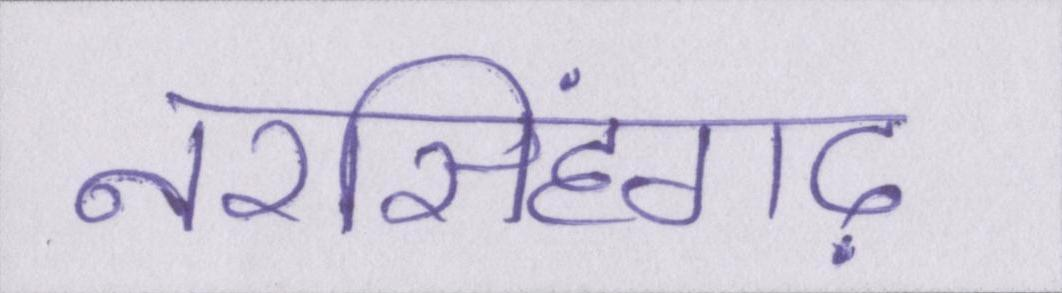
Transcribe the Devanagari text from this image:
नरसिंहगढ़